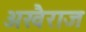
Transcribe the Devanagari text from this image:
अखैराज